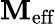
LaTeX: \mathbf{M}_{\textrm{{eff}}}